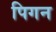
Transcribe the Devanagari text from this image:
पिगन